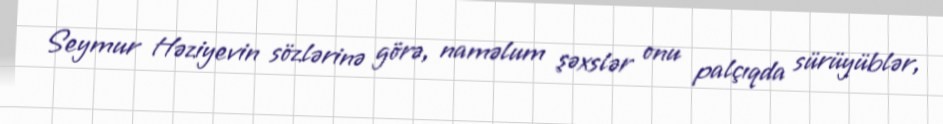
Seymur Həziyevin sözlərinə görə, naməlum şəxslər onu palçıqda sürüyüblər,